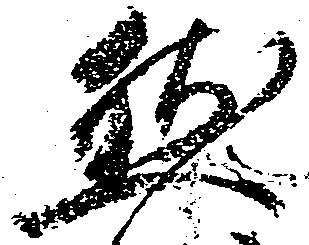
然